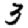
Digit: 3